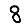
Digit: 8